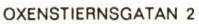
OXENSTIERNSGATAN 2